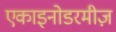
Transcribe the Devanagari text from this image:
एकाइनोडरमीज़